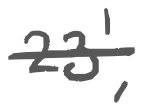
Text: 23',
Cross-out: single-line
Writing tool: digital_gray